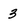
Character: 3